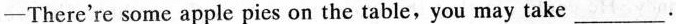
-There're some apple pies on the table, you may take ___.